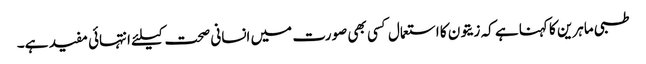
طبی ماہرین کا کہنا ہے کہ زیتون کا استعمال کسی بھی صورت میں انسانی صحت کیلئے انتہائی مفید ہے۔